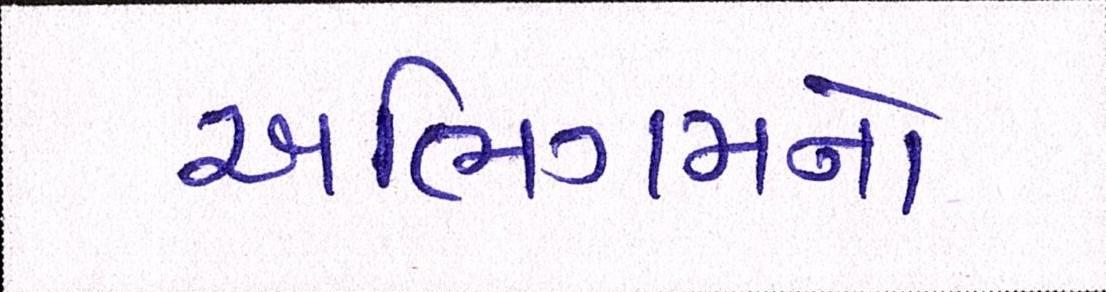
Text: અભિગમનો